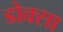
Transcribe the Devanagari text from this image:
डोक्सा